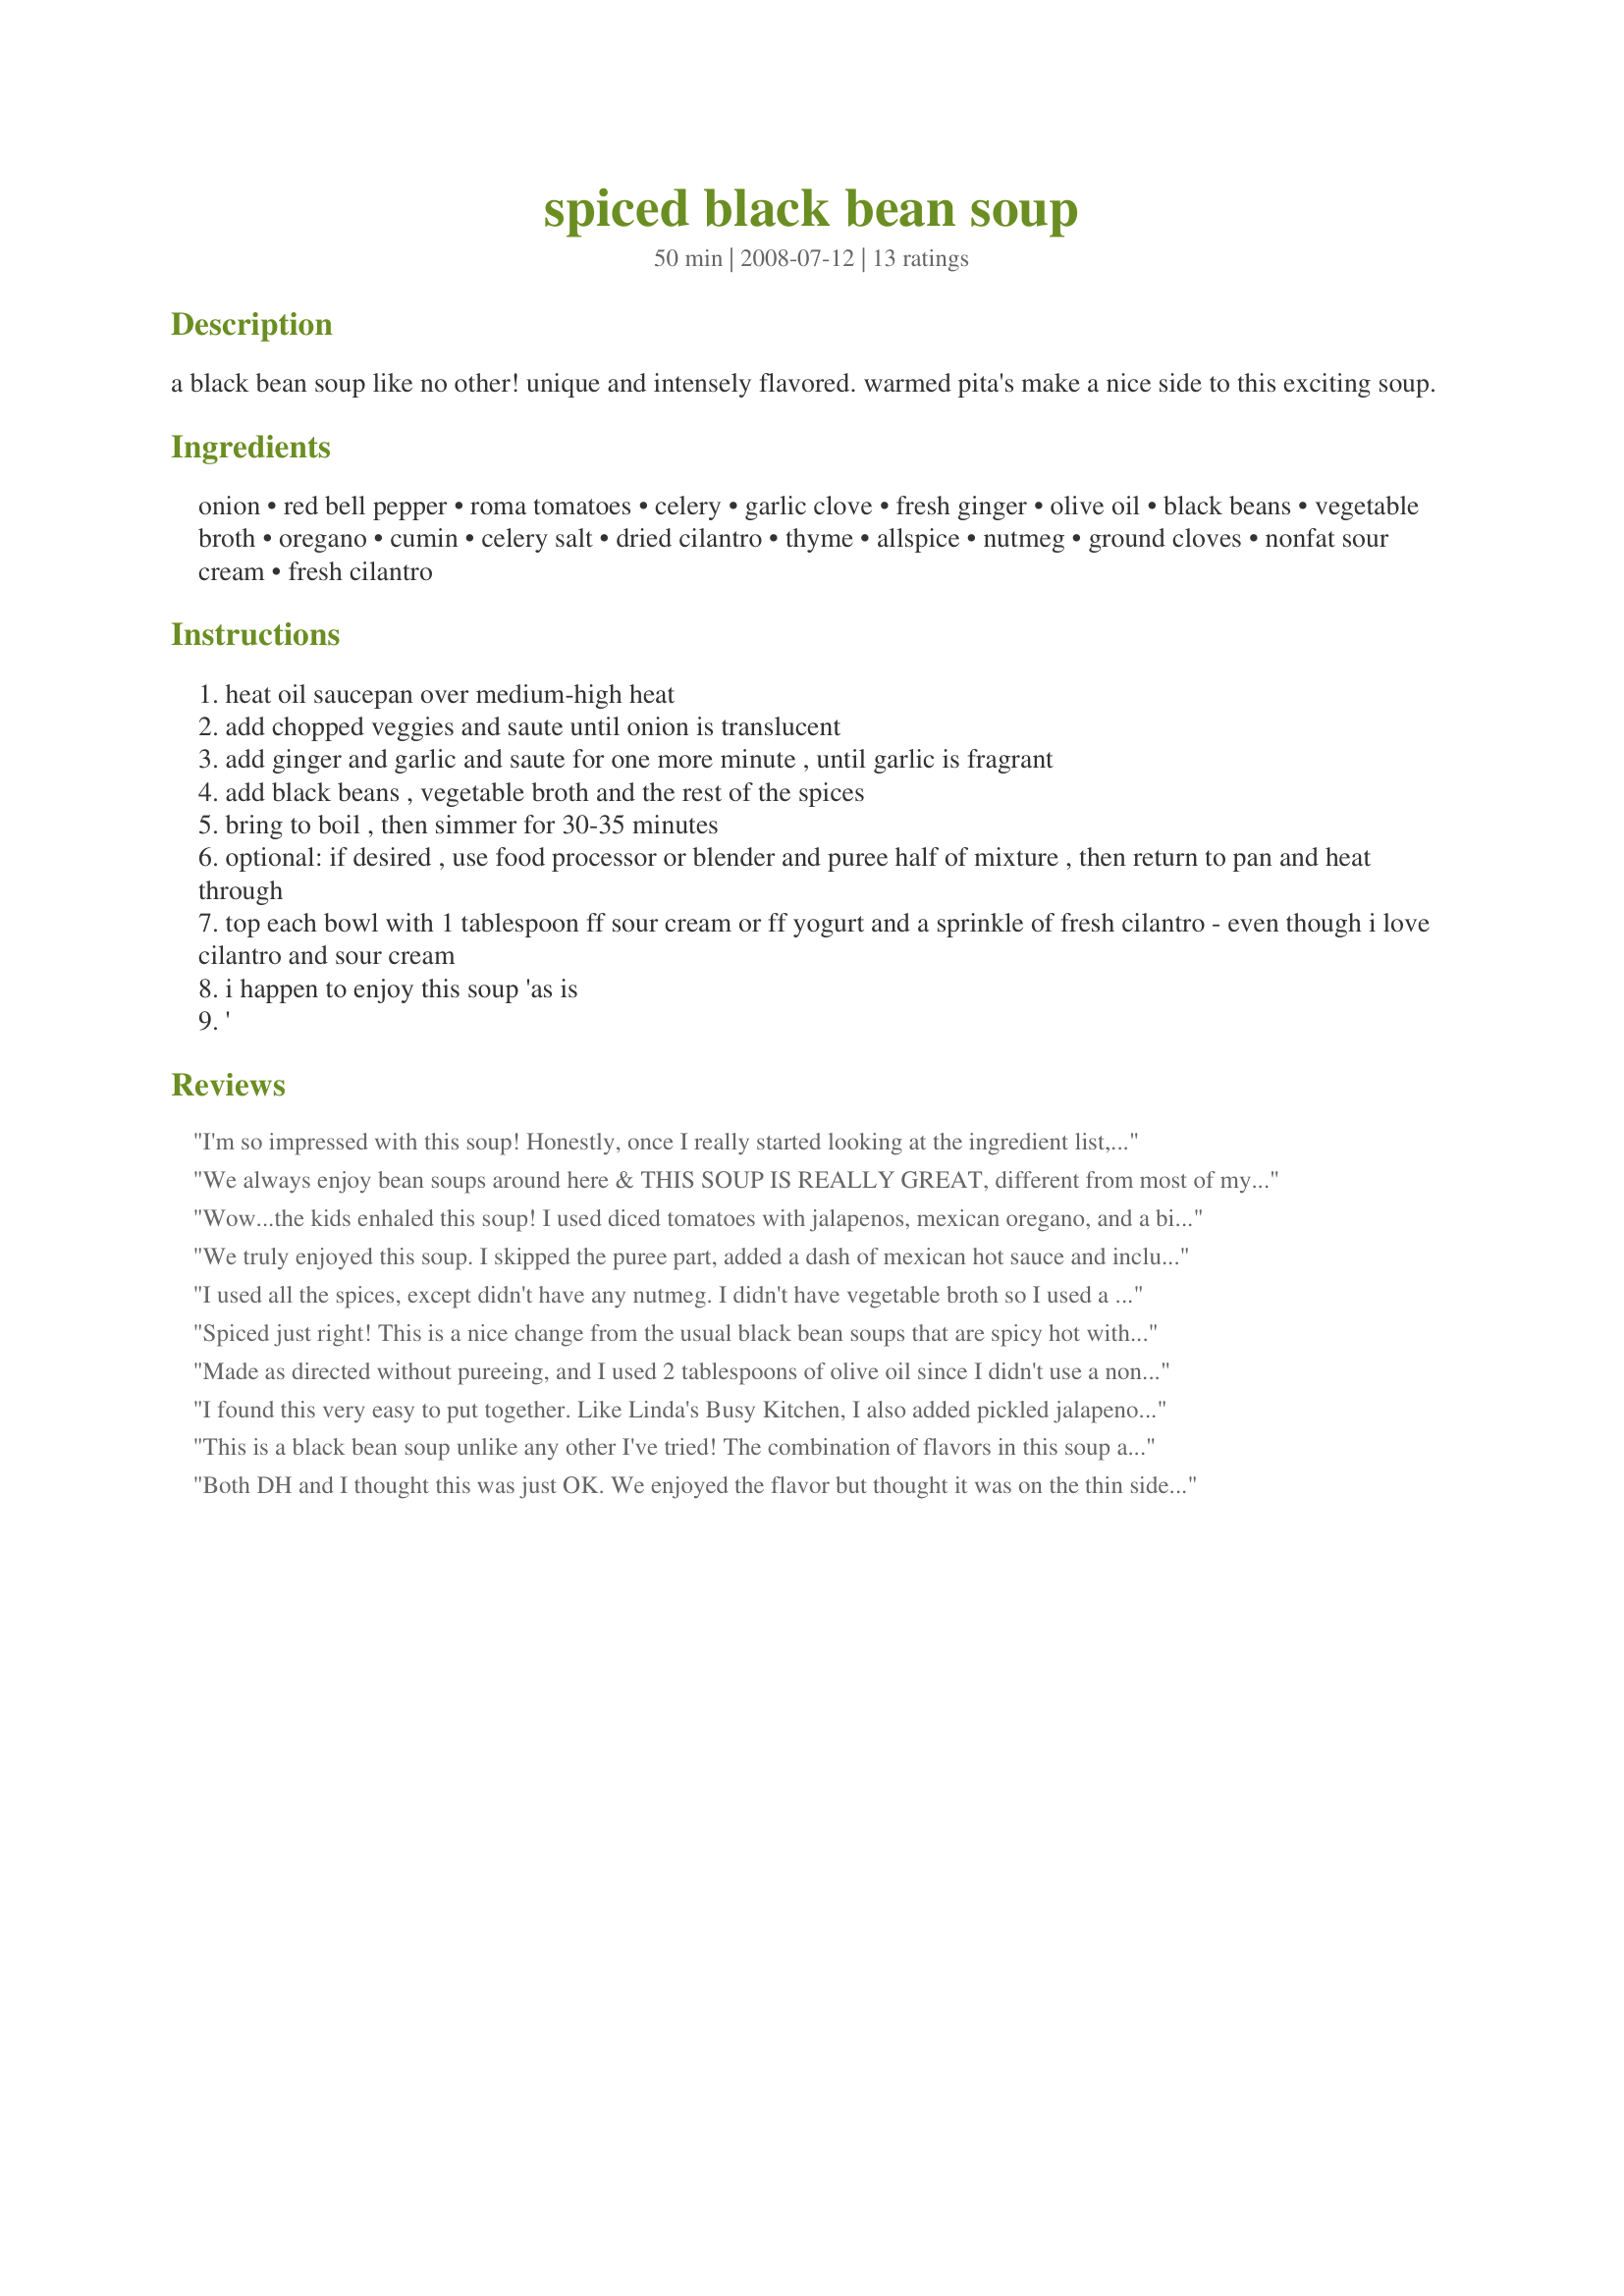
spiced black bean soup
Preparation time: 50 minutes

a black bean soup like no other! unique and intensely flavored. warmed pita's make a nice side to this exciting soup.

Ingredients:
onion, red bell pepper, roma tomatoes, celery, garlic clove, fresh ginger, olive oil, black beans, vegetable broth, oregano, cumin, celery salt, dried cilantro, thyme, allspice, nutmeg, ground cloves, nonfat sour cream, fresh cilantro

Steps:
heat oil saucepan over medium-high heat
add chopped veggies and saute until onion is translucent
add ginger and garlic and saute for one more minute , until garlic is fragrant
add black beans , vegetable broth and the rest of the spices
bring to boil , then simmer for 30-35 minutes
optional: if desired , use food processor or blender and puree half of mixture , then return to pan and heat through
top each bowl with 1 tablespoon ff sour cream or ff yogurt and a sprinkle of fresh cilantro - even though i love cilantro and sour cream
i happen to enjoy this soup 'as is
'

Reviews:
I'm so impressed with this soup! Honestly, once I really started looking at the ingredient list, I was a little worried about the spice combination (cloves and ginger?!?!)....but the flavor was amazing! Wonderfully different and oh-so pleasing to the nose and the pallet. The flavors blended together perfectly and though the spices were certainly not lost in the soup, I did not find them to be at all overpowering as I had worried about. Both my picky BF and my good friend who is a vegetarian enjoyed it immensly. I used a can of organic, fire roasted tomatoes, added a little sliced carrot and substituted Mexican oregano in place of the regular oregano. I also omitted the dried cilantro and doubled the amount of fresh, chopped cilantro at the end and served with a dollop of sour cream. Made for ZWT5 Family Picks. This one's a keeper. Thank you for posting!
We always enjoy bean soups around here & THIS SOUP IS REALLY GREAT, different from most of my bean soups, but great! Really enjoyed the inclusion of nutmeg & cloves in this keeper of a recipe! [Tagged, made & reviewed in Please Review My Recipe]
Wow...the kids enhaled this soup! I used diced tomatoes with jalapenos, mexican oregano, and a bit of adodobo. Added chick peas too...Thanks for posting...will make this again for sure. Made and reviewed for Zaar Chow Hounds...ZWT5.
We truly enjoyed this soup. I skipped the puree part, added a dash of mexican hot sauce and included the cloves. Turned ut great. Tagged in zaar star forum.
I used all the spices, except didn't have any nutmeg. I didn't have vegetable broth so I used a combo of tomato juice and chicken broth. Also added a can of corn and 1/2 cup pasta. Oh, and my family likes meat, so I also cut up a left over bratworst for a little meat. We all liked it.
Spiced just right! This is a nice change from the usual black bean soups that are spicy hot with cayenne or jalepenos, etc. I made this as written but added 1 extra can of black beans (I like my beans). I didn't partially puree it this time, but I'll try it that way next time. Thanx!
Made as directed without pureeing, and I used 2 tablespoons of olive oil since I didn't use a nonstick pan. DH loved it, but added a tablespoon of Frank's Red Hot Sauce for some heat. Very delicious! Thanks Brooke the Cook! Made for Vegetarian Recipe Swap #2.
I found this very easy to put together. Like Linda's Busy Kitchen, I also added pickled jalapeno juice, 1/4 cup. I used Mexican oregano from Penzey's. Thank you for posting.
Made during * Zaar World Tour 5* 2009 game for team *Genies of Gourmet*
This is a black bean soup unlike any other I've tried! The combination of flavors in this soup are fabulous! I used chicken stock, as I had no vegetable broth on hand. I also left out the bell pepper, again, none in the house. Other than those changes, I made as directed. I am planning to serve this with shredded cheddar and sour cream, although, I do not think this soup really calls for any additional condiments! Thanks, Brooke the Cook in WI
Both DH and I thought this was just OK. We enjoyed the flavor but thought it was on the thin side. We love black bean soup but would suggest either deceasing the broth to 1 cup or adding an additional can of black beans drained. I made as posted with all the ingredients including the spices. Thanks for posting. :)
This is absolutely delicious! I didn't have enough tomatoes so I used a can of diced, juice and all. Other than that I made as is. This is super easy, very flavorful, and a new family favorite.
I love a nice flavorful soup and this was awesome! The combination of flavors were surely teasing my taste buds with each bite! I almost forgot to mention that I used Red Kidney beans instead of the black beans, and I added in a little pickled jalapeno juice to give it another dimension of flavor. I will make again definately! Thank you for sharing your recipe with us Brooke! Made for Zaar Stars 1/09 Linda
I made this exactly as directed (although I did not puree any of it), and it was a departure from the typical black bean soup. It is very well-spiced, but I think I need to play with the seasonings a bit more. I felt the ground cloves overwhelmed some of the other spices, so I would want to make some adjustments next time. But there definitely will be a next time!
